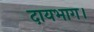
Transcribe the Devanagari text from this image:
दायभाग।